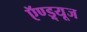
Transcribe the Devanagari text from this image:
ऍण्ड्र्यूज